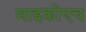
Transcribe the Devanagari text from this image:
माइक्रोएच